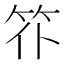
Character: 䇚